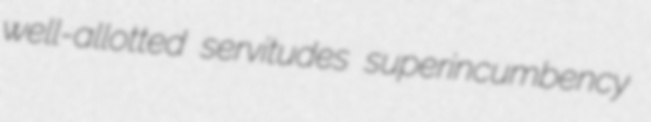
well-allotted servitudes superincumbency